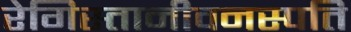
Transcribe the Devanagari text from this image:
रेगिस्तानीवनस्‍पति